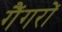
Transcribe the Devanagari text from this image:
गैंगरों